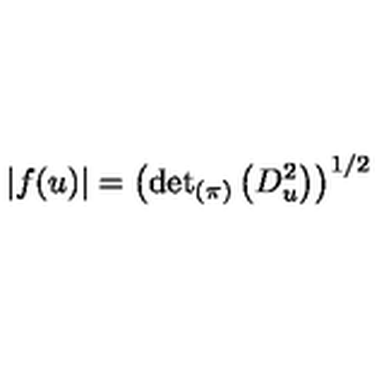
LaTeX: \left| f ( u ) \right| = \left( { \det } _ { ( \pi ) } \left( D _ { u } ^ { 2 } \right) \right) ^ { 1 / 2 }